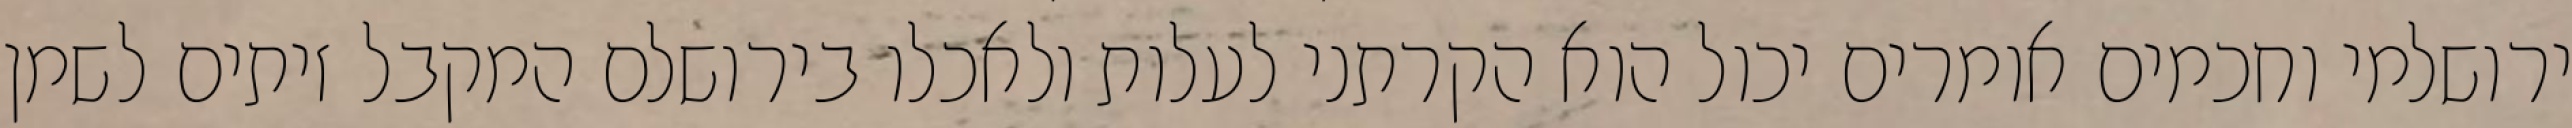
ירושלמי וחכמים אומרים יכול הוא הקרתני לעלות ולאכלו בירושלם המקבל זיתים לשמן